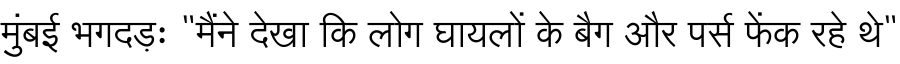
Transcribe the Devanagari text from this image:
मुंबई भगदड़ः "मैंने देखा कि लोग घायलों के बैग और पर्स फेंक रहे थे"